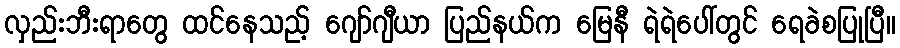
လှည်းဘီးရာတွေ ထင်နေသည့် ဂျော်ဂျီယာ ပြည်နယ်က မြေနီ ရဲရဲပေါ်တွင် ရေခဲစပြုပြီ။